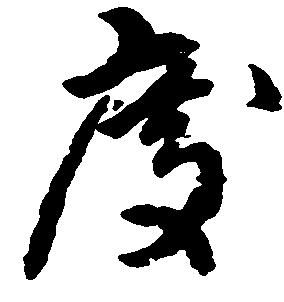
度